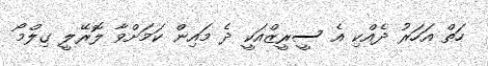
ހަތް އަހަރު ދެއްކި އެ ސީރީޒްއަކީ ދެ މައިން ކަމަށްވާ ލޮރޭލީ ގިލްމޯ